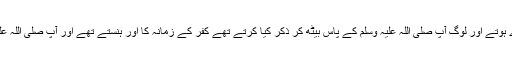
پھر جب سورج نکلتا اٹھ کھڑے ہوتے اور لوگ آپ صلی اللہ علیہ وسلم کے پاس بیٹھ کر ذکر کیا کرتے تھے کفر کے زمانہ کا اور ہنستے تھے اور آپ صلی اللہ علیہ وسلم مسکراتے رہتے تھے۔